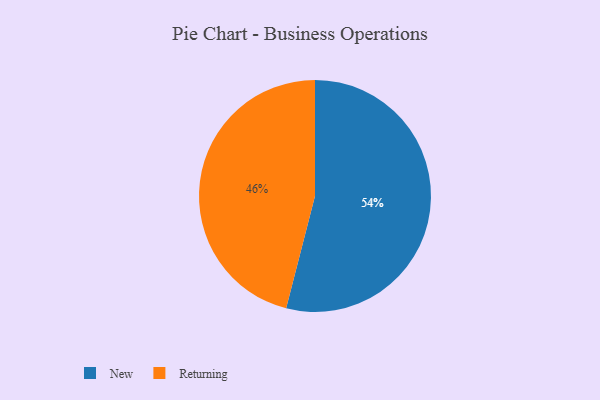
{"axis": {"x": "Category", "y": "Percentage"}, "legend": ["New", "Returning"], "data": [{"x": "Returning", "y": 46, "type": "Returning"}, {"x": "New", "y": 54, "type": "New"}]}